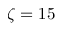
\zeta = 1 5